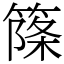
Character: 𥱥